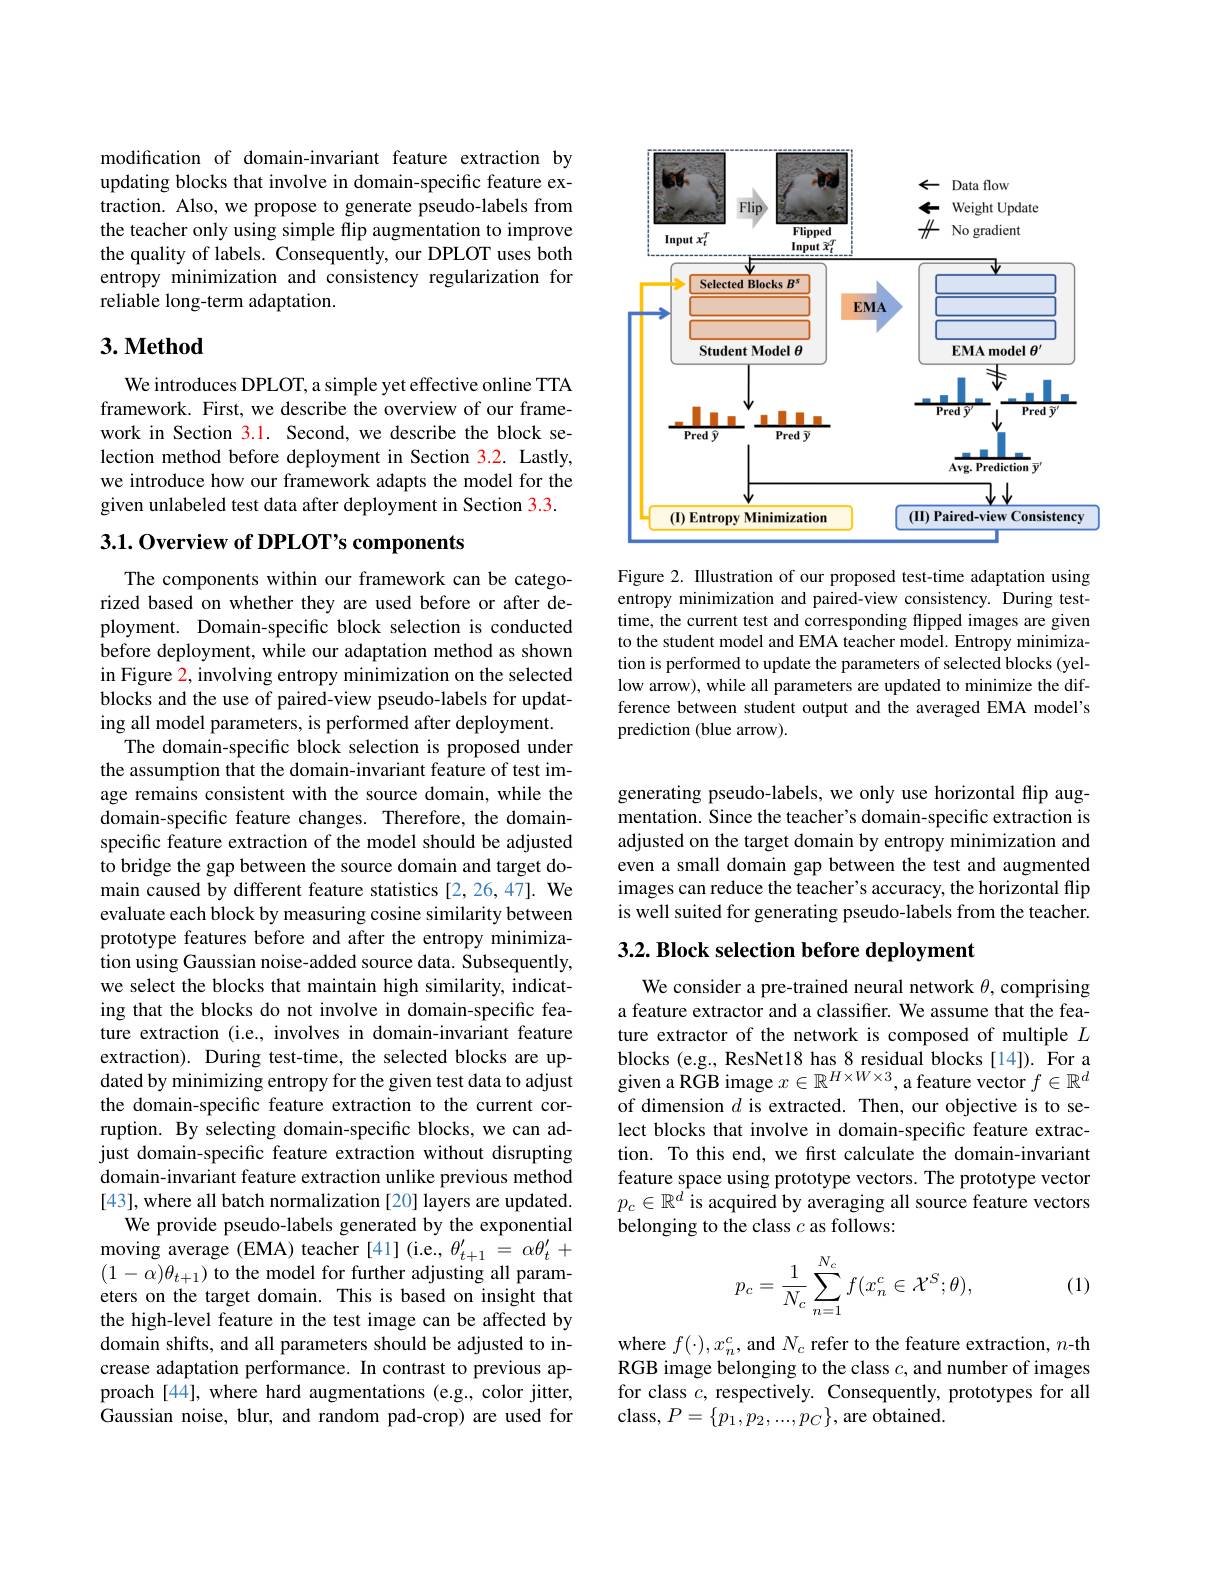
modification of domain-invariant feature extraction by updating blocks that involve in domain-specific feature extraction. Also, we propose to generate pseudo-labels from the teacher only using simple flip augmentation to improve the quality of labels. Consequently, our DPLOT uses both entropy minimization and consistency regularization for reliable long-term adaptation.

## $3. \textbf{Method}$

We introduces DPLOT, a simple yet effective online TTA framework. First, we describe the overview of our framework in Section 3.1. Second, we describe the block selection method before deployment in Section 3.2. Lastly, we introduce how our framework adapts the model for the given unlabeled test data after deployment in Section 3.3.

## 3.1.0verview of DPLOT's components

The components within our framework can be categorized based on whether they are used before or after deployment. Domain-specific block selection is conducted before deployment, while our adaptation method as shown in Figure $\color{red}2$, involving entropy minimization on the selected blocks and the use of paired-view pseudo-labels for updating all model parameters, is performed after deployment.
The domain-specific block selection is proposed under the assumption that the domain-invariant feature of test image remains consistent with the source domain, while the domain-specific feature changes. Therefore, the domainspecific feature extraction of the model should be adjusted to bridge the gap between the source domain and target domain caused by different feature statistics [2,26,47]. We evaluate each block by measuring cosine similarity between prototype features before and after the entropy minimization using Gaussian noise-added source data. Subsequently, we select the blocks that maintain high similarity, indicating that the blocks do not involve in domain-specific feature extraction (i.e., involves in domain-invariant feature extraction). During test-time, the selected blocks are updated by minimizing entropy for the given test data to adjust the domain-specific feature extraction to the current corruption. By selecting domain-specific blocks, we can adjust domain-specific feature extraction without disrupting domain-invariant feature extraction unlike previous method [43], where all batch normalization [20] layers are updated.
We provide pseudo-labels generated by the exponential $\operatorname*{moving}$ average (EMA) teacher [41] (i.e., $\theta_t+1^{\prime}=\alpha\theta_t^{\prime}+$ $(1-\alpha)\theta_{t+1})$ to the model for further adjusting all parameters on the target domain. This is based on insight that the high-level feature in the test image can be affected by domain shifts, and all parameters should be adjusted to increase adaptation performance. In contrast to previous approach [44], where hard augmentations (e.g., color jitter, Gaussian noise, blur, and random pad-crop) are used for

<FigureHere>

Figure 2. Illustration of our proposed test-time adaptation using entropy minimization and paired-view consistency. During testtime, the current test and corresponding flipped images are given to the student model and EMA teacher model. Entropy minimization is performed to update the parameters of selected blocks (yellow arrow), while all parameters are updated to minimize the difference between student output and the averaged EMA model's prediction (blue arrow).

generating pseudo-labels, we only use horizontal flip augmentation. Since the teacher's domain-specific extraction is adjusted on the target domain by entropy minimization and even a small domain gap between the test and augmented images can reduce the teacher's accuracy, the horizontal flip is well suited for generating pseudo-labels from the teacher.

3.2. Block selection before deployment

We consider a pre-trained neural network $\theta$,comprising a feature extractor and a classifier. We assume that the feature extractor of the network is composed of multiple $L$ blocks (e.g., ResNet18 has 8 residual blocks [14]). For a given a RGB image $x\in\mathbb{R}^H\times W\times3$, a feature vector $f\in\mathbb{R}^d$ of dimension $d$ is extracted. Then, our objective is to select blocks that involve in domain-specific feature extraction. To this end, we fırst calculate the domain-invariant feature space using prototype vectors. The prototype vector $p_c\in\mathbb{R}^d$ is acquired by averaging all source feature vectors belonging to the class $c$ as follows:
$$\begin{aligned}p_c&=\frac{1}{N_c}\sum_{n=1}^{N_c}f(x_n^c\in\mathcal{X}^S;\theta),\end{aligned}$$
(1)

where $f(\cdot),x_n^c$, and $N_c$ refer to the feature extraction, $n$-th RGB image belonging to the class $c$, and number of images for class $c$, respectively. Consequently, prototypes for all class, $P=\{p_1,p_2,...,p_C\}$, are obtained.